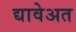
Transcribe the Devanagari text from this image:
द्यावेअत